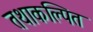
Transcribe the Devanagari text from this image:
तथाकल्पित